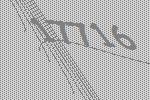
17716